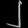
Digit: ၂